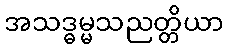
အသဒ္ဓမ္မသညတ္တိယာ